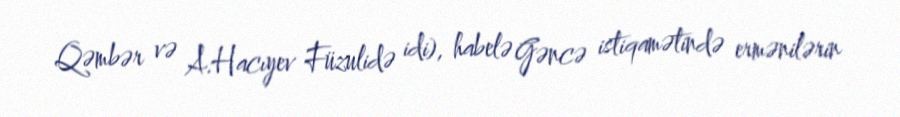
Qəmbər və A.Hacıyev Füzulidə idi), habelə Gəncə istiqamətində ermənilərin